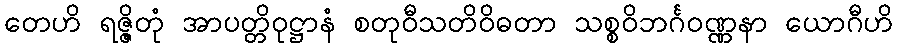
တေဟိ ရဇ္ဇိတုံ အာပတ္တိဝုဋ္ဌာနံ စတုဝီသတိဝိဓတာ သစ္စဝိဘင်္ဂဝဏ္ဏနာ ယောဂီဟိ